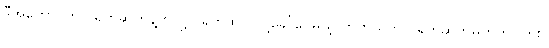
ဒီအကောင်ကို ပုရွက်ဆိတ်နဲ့တူလို့ ပုရွက်ဆိတ်လို့ခေါ်ပေမယ့် တကယ်က ပုရွက်ဆိတ်မဟုတ်ပါဘူး။